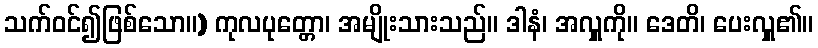
သက်ဝင်၍ဖြစ်သော။) ကုလပုတ္တော၊ အမျိုးသားသည်။ ဒါနံ၊ အလှူကို။ ဒေတိ၊ ပေးလှူ၏။